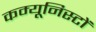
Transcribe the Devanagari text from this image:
कम्यूनिस्टों